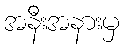
အနီးအနားမှ